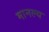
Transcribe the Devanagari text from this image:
मानल्य